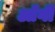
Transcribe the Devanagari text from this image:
ऑर्गी